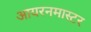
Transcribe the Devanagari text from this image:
आयरनमास्टर